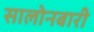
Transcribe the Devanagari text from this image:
सालोनबारी